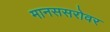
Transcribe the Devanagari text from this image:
मानससरोवर